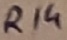
Text: R14